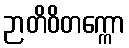
ဉာတိဝိတက္ကော